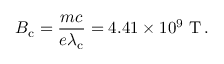
B _ { \mathrm { c } } = { \frac { m c } { e \lambda _ { \mathrm { c } } } } = 4 . 4 1 \times 1 0 ^ { 9 } { \mathrm { ~ T } } \, .